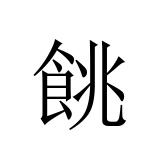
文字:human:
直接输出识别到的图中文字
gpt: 餆